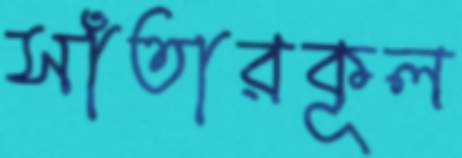
সাঁতারকূল